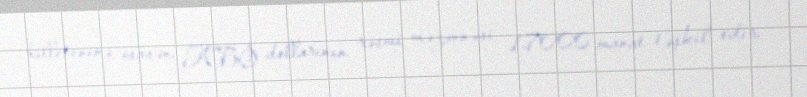
bülleteninə əsasən, ABŞ dollarının rəsmi məzənnəsi 1.7000 manat təşkil edir.